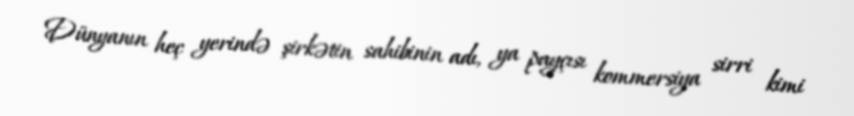
Dünyanın heç yerində şirkətin sahibinin adı, ya payçısı kommersiya sirri kimi